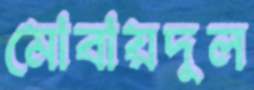
মোবায়দুল